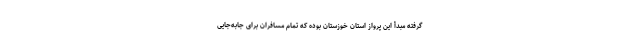
گرفته مبدأ این پرواز استان خوزستان بوده که تمام مسافران برای جابه‌جایی